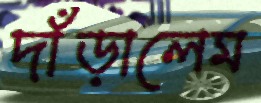
দাঁড়ালেম